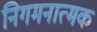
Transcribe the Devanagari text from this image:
निगमनात्‍मक